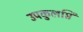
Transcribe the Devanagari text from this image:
उपकुलप्ति